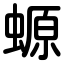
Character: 螈